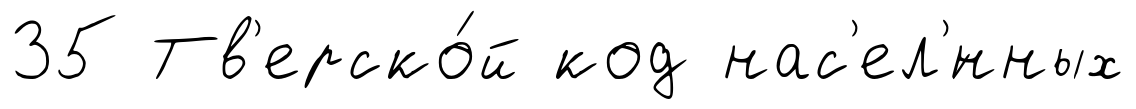
35 Тв'ерско́й код нас'ел'́нных